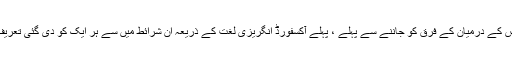
اس سے پہلے اور اس کے درمیان کے فرق کو جاننے سے پہلے ، پہلے آکسفورڈ انگریزی لغت کے ذریعہ ان شرائط میں سے ہر ایک کو دی گئی تعریف پر ایک نظر ڈالیں۔